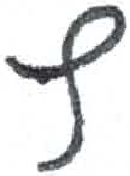
אות: ץ